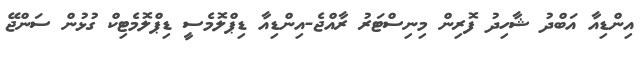
އިންޑިއާ އަބްދު ޝާހިދު ފޮރިން މިނިސްޓަރު ރާއްޖެ-އިންޑިއާ ޑިޕްލޮމެސީ ޑިޕްލޮމެޓިކް ގުޅުން ސަންޖޭ